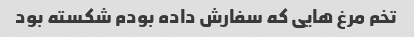
تخم مرغ هایی که سفارش داده بودم شکسته بود